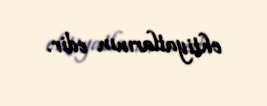
ehtiyatlarının edir.